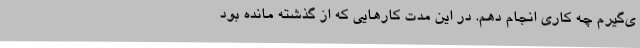
ی‌گیرم چه کاری انجام دهم. در این مدت کارهایی که از گذشته مانده بود